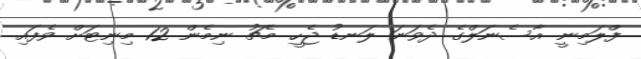
ފްލަމިނީ އާސެނަލްގެ ދެވަނަ ލަނޑު ޖެހީ މެޗު ނިމެން 12 މިނިޓަށް ވެފައި